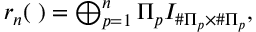
\begin{array} { r } { r _ { n } ( { \bf \Pi } ) = \bigoplus _ { p = 1 } ^ { n } \Pi _ { p } I _ { \# \Pi _ { p } \times \# \Pi _ { p } } , } \end{array}